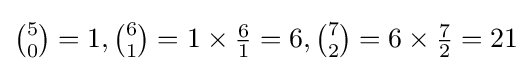
{\tbinom {5}{0}}=1,{\tbinom {6}{1}}=1\times {\tfrac {6}{1}}=6,{\tbinom {7}{2}}=6\times {\tfrac {7}{2}}=21